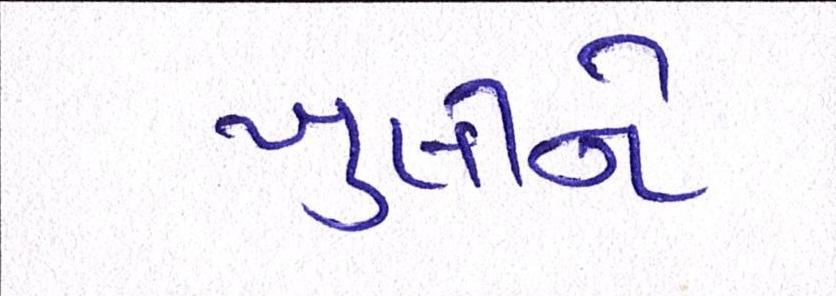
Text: ખુલીને